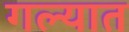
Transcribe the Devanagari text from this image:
गल्यात